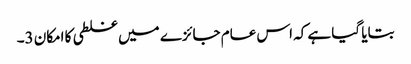
بتایا گیا ہے کہ اس عام جائزے میں غلطی کا امکان 3۔